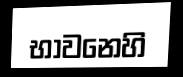
භාවනෙහි